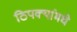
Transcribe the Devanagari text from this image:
ठिपक्यांमधे